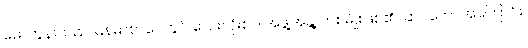
မော်ကွန်းသည် မြန်မာစာပေတွင် လေးလုံးစပ် အဖွဲ့အနွဲ့ တစ်မျိုးဖြစ်၏။ ဆင်တော်အကြောင်း၊